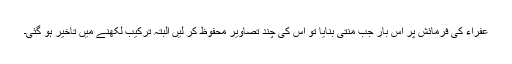
عفراء کی فرمائش پر اس بار جب منتی بنایا تو اس کی چند تصاویر محفوظ کر لیں البتہ ترکیب لکھنے میں تاخیر ہو گئی۔